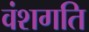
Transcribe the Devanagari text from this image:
वंशगति